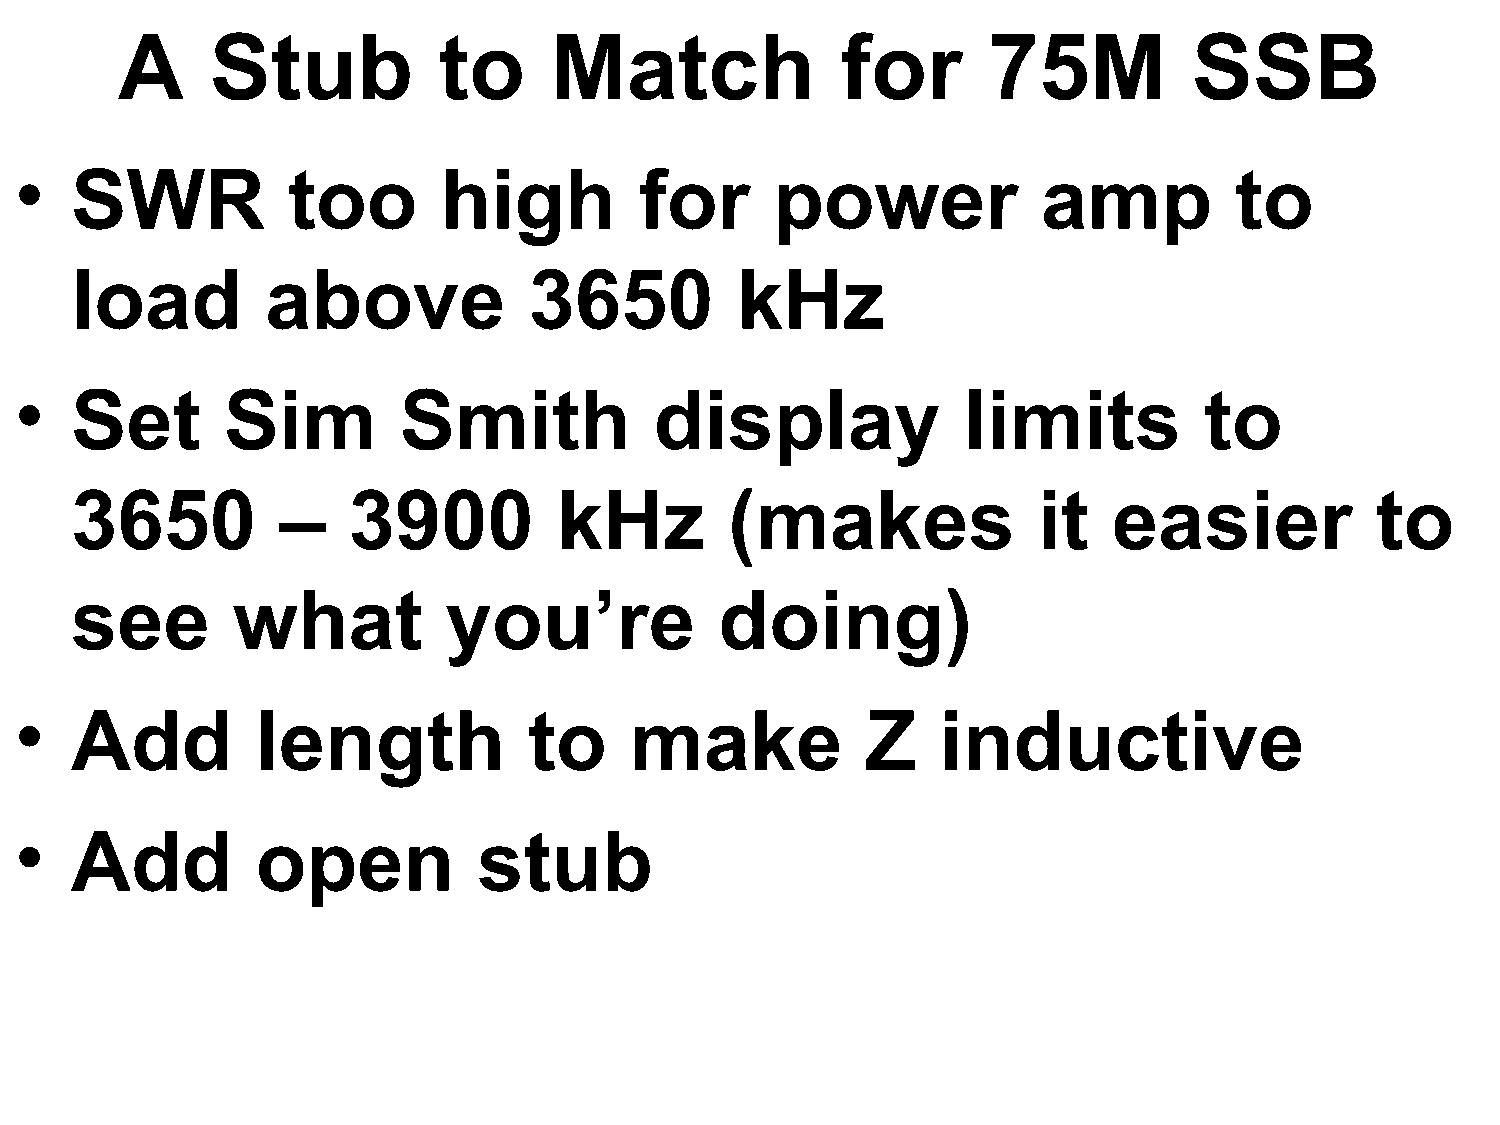
A     Stub           to     Match               for      75M           SSB
 •   SWR           too       high         for      power             amp          to
 load         above            3650          kHz
 •   Set       Sim        Smith            display              limits          to
 3650         –    3900          kHz        (makes               it   easier           to
 see       what           you’re            doing)
 •   Add         length            to     make           Z    inductive
 •   Add         open           stub